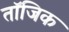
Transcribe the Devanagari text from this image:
तॉजिक